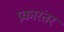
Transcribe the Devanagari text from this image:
प्रकारंतर